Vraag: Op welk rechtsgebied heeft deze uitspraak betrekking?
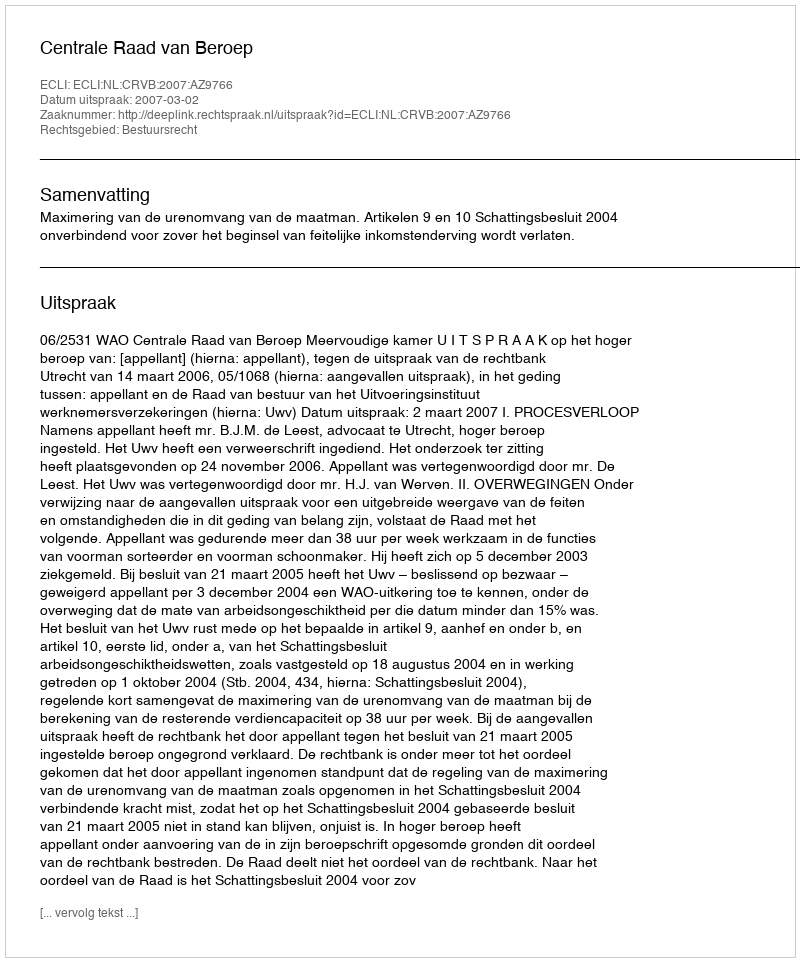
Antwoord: Bestuursrecht